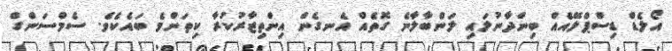
އޯލެޑް ޑިސްޕްލޭއެއް ބިންދާނުލައި ލަންބާލާނެ ގޮތެއް އެނގެން އިންތިޒާރުކުރާ ކިތަންމެ ބައެކެވެ. ސެމްސަންގް